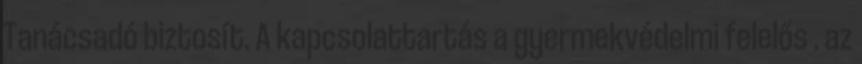
Tanácsadó biztosít. A kapcsolattartás a gyermekvédelmi felelős . az